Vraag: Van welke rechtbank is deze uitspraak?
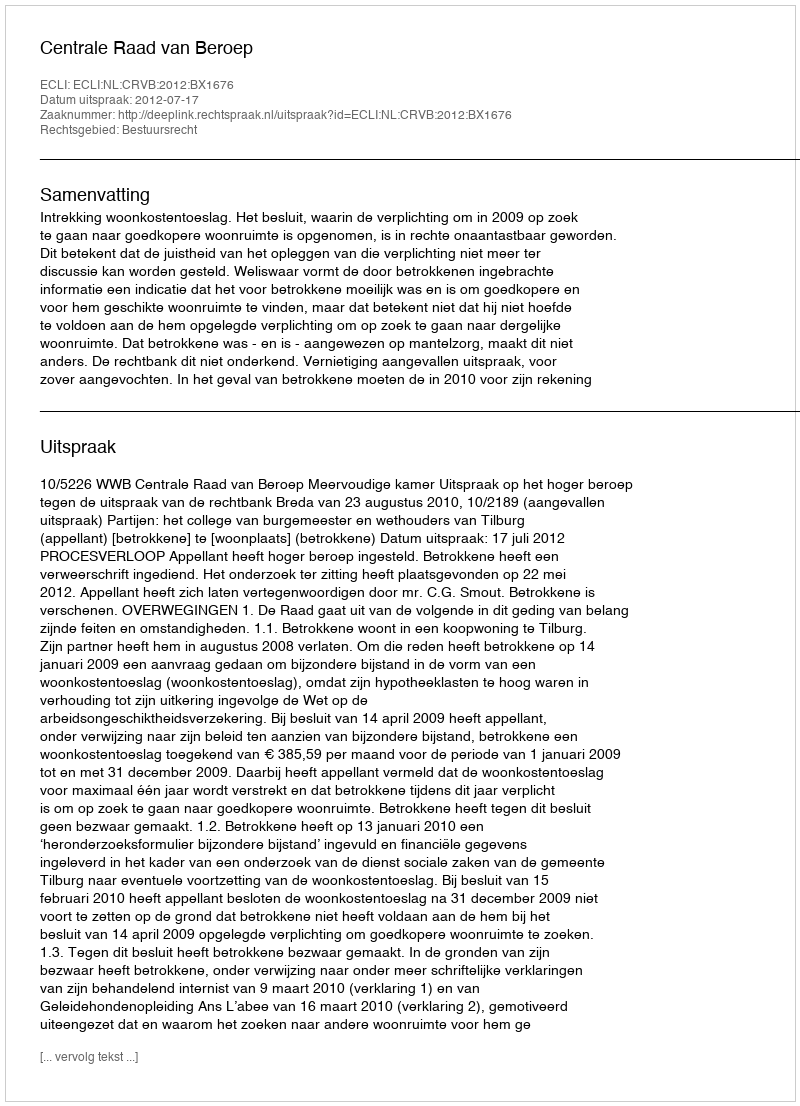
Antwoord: Centrale Raad van Beroep